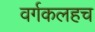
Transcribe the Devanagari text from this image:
वर्गकलहच